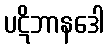
ပဋိဘာနဒေါ